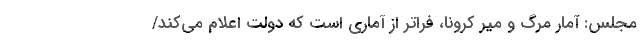
مجلس: آمار مرگ و میر کرونا، فراتر از آماری است که دولت اعلام می‌کند/